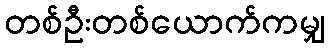
တစ်ဦးတစ်ယောက်ကမျှ